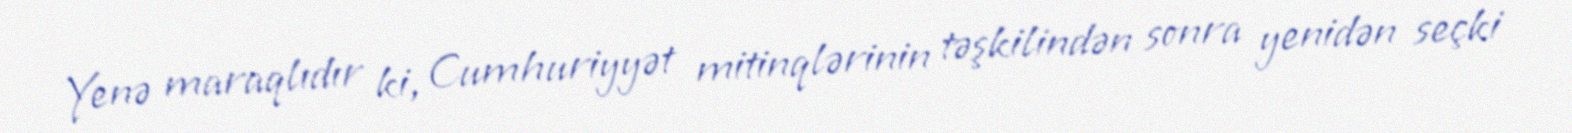
Yenə maraqlıdır ki, Cumhuriyyət mitinqlərinin təşkilindən sonra yenidən seçki